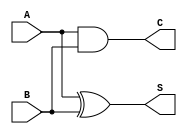
module HalfAdder(
    input A,
    input B,
    output S,
    output C
    );
	 
xor(S,A,B);
and(C,A,B);

endmodule